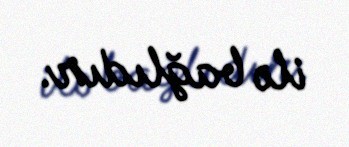
ilə bağlıdır.